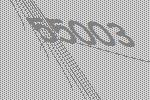
55003